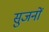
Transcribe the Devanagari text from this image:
सुजनों